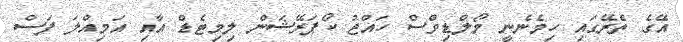
އޭގެ ތެރޭގައި ހިމެނެނީ މޯލްޑިވްސް ހައްޖު ކޯޕަރޭޝަން ލިމިޓެޑް އާއި އަމިއްލަ ފަސް